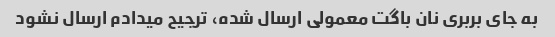
به جای بربری نان باگت معمولی ارسال شده، ترجیح میدادم ارسال نشود